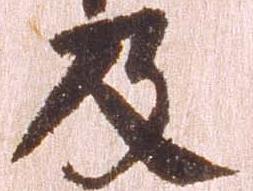
及